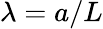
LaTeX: \lambda=a/L